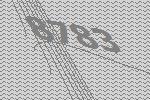
8783